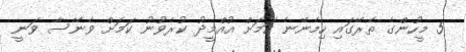
5 މީހުންގެ ތެރޭގައި ހިމެނޭނެ ކަމަށް އުއްމީދު ކުރެވުނު ކަމަށް ވެނޭސާ ވަނީ